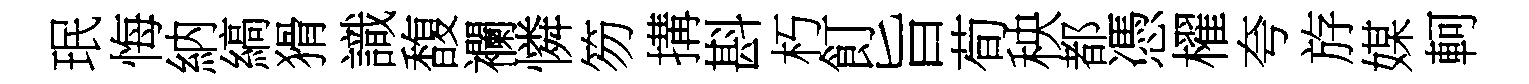
珉悔納縞猾識馥襴憐笏搆斟朽飣旨荀秧都憑櫂夸斿媒軻